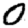
Digit: 0